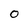
Character: 0